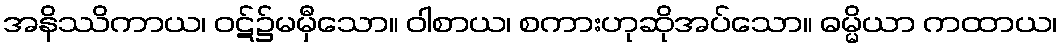
အနိဿိကာယ၊ ဝဋ်၌မမှီသော။ ဝါစာယ၊ စကားဟုဆိုအပ်သော။ ဓမ္မိယာ ကထာယ၊